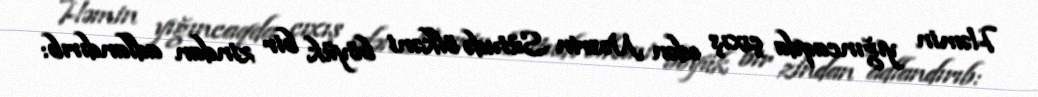
Həmin yığıncaqda çıxış edən Nəsrin Sütudə ölkəni böyük bir zindan adlandırıb: